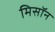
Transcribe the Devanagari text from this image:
मिसॉन